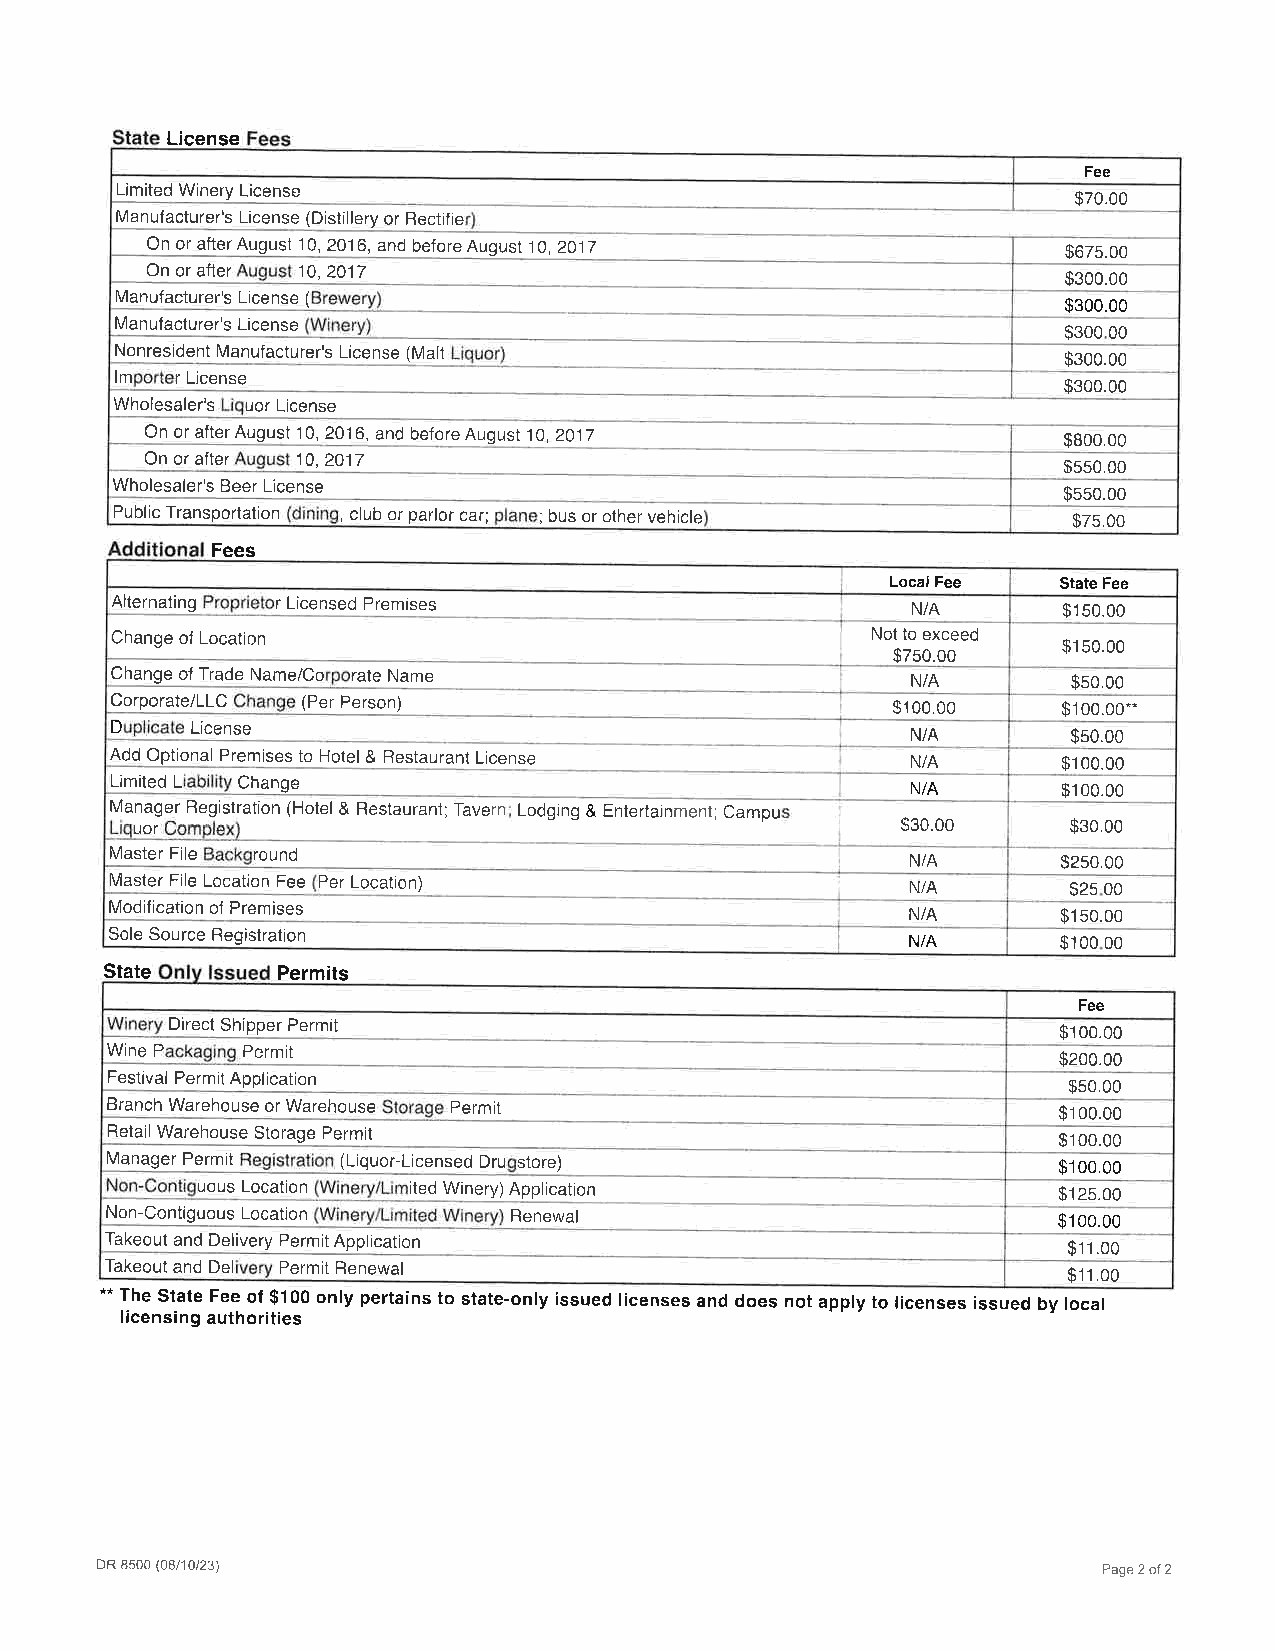
License
 Fee
 Limited Winery License
 $70.00
 Manufacturer's License (Distillery or Rectifie
 On or after August 1 0, 201 6, and before August 10,2017     $675.00
 On or after 10,2017
 $300.00
 Manufacturer's License (                                       $300.00
 Manufacturer's License
 $300.00
 Nonresident Manufacturer's License (Malt
 $300.00
 lm  r License
 $300.00
 Wholesaler's uor License
 On or after August 1 0, 201 6, and before August 10,2017    $800.00
 On or after 10,2017
 $550.00
 Wholesaler's Beer License
 $550.00
 Public Transportation , club or parlor car; ; bus or other vehicle $75.00
 Fees
 Local Fee  State Fee
 Alternating r Licensed Premises                      N/A       $150.00
 Change of Location                                 Not to exceed
 $150.00
 $750.00
 Change of Trade Name/Co rate Name                    N/A        $50.00
 Corporate/LLC (Per Person)
 $100.00    $100.00."
 D     License                                        N/A        $50.00
 Add Optional Premises to Hotel & Restaurant License  N/A       $100.00
 Limited L Change                                     N/A       $100.00
 Manager Registration (Hotel & Restaurant; Tavern Lodging & Entertainment; Campu
 uor                                                $30.00     $30.00
 Master File round                                    N/A       $250.00
 Master File Location Fee Per Location)               N/A        $25.00
 Modification of Premises                             N/A       $150.00
 Sole Source Registration
 N/A       $100.00
 State      Permits
 Fee
 Direct Shipper Permit
 $100.00
 Wine P   Permit
 $200.00
 Festival Permit Application
 $50.00
 Branch Warehouse or Warehouse Permit
 $100.00
 Retail Warehouse Storage Permit
 $100.00
 Manager Permit  (Liquor-Licensed Dru store)                    $100.00
 uous Location ited Winery) Application                   s125.00
 Non-Contiguous Location    Renewal
 $100.00
 Takeout and Delivery Permit Application
 $11 .00
 Takeout and Del Permit Renewal
 $11 .00
 **
 The State Fee ol $100 only pertains to state-only issued licenses and does not apply to licenses issued by local
 licensing authorities
 DR 8500 (08t10t23)                                                 Page 2 of 2